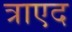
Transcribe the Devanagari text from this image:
त्राएद